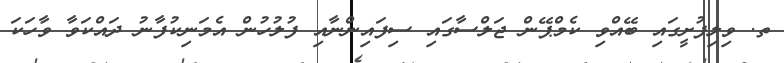
ތ. ވިލިފުށީގައި ބޭއްވި ކެމްޕޭން ޖަލްސާގައި ސިފައިންނާއި ފުލުހުން އެމަނިކުފާނު ދައްކަވާ ވާހަކަ